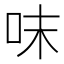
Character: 𠰌